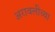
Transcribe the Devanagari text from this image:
अरावलीच्या